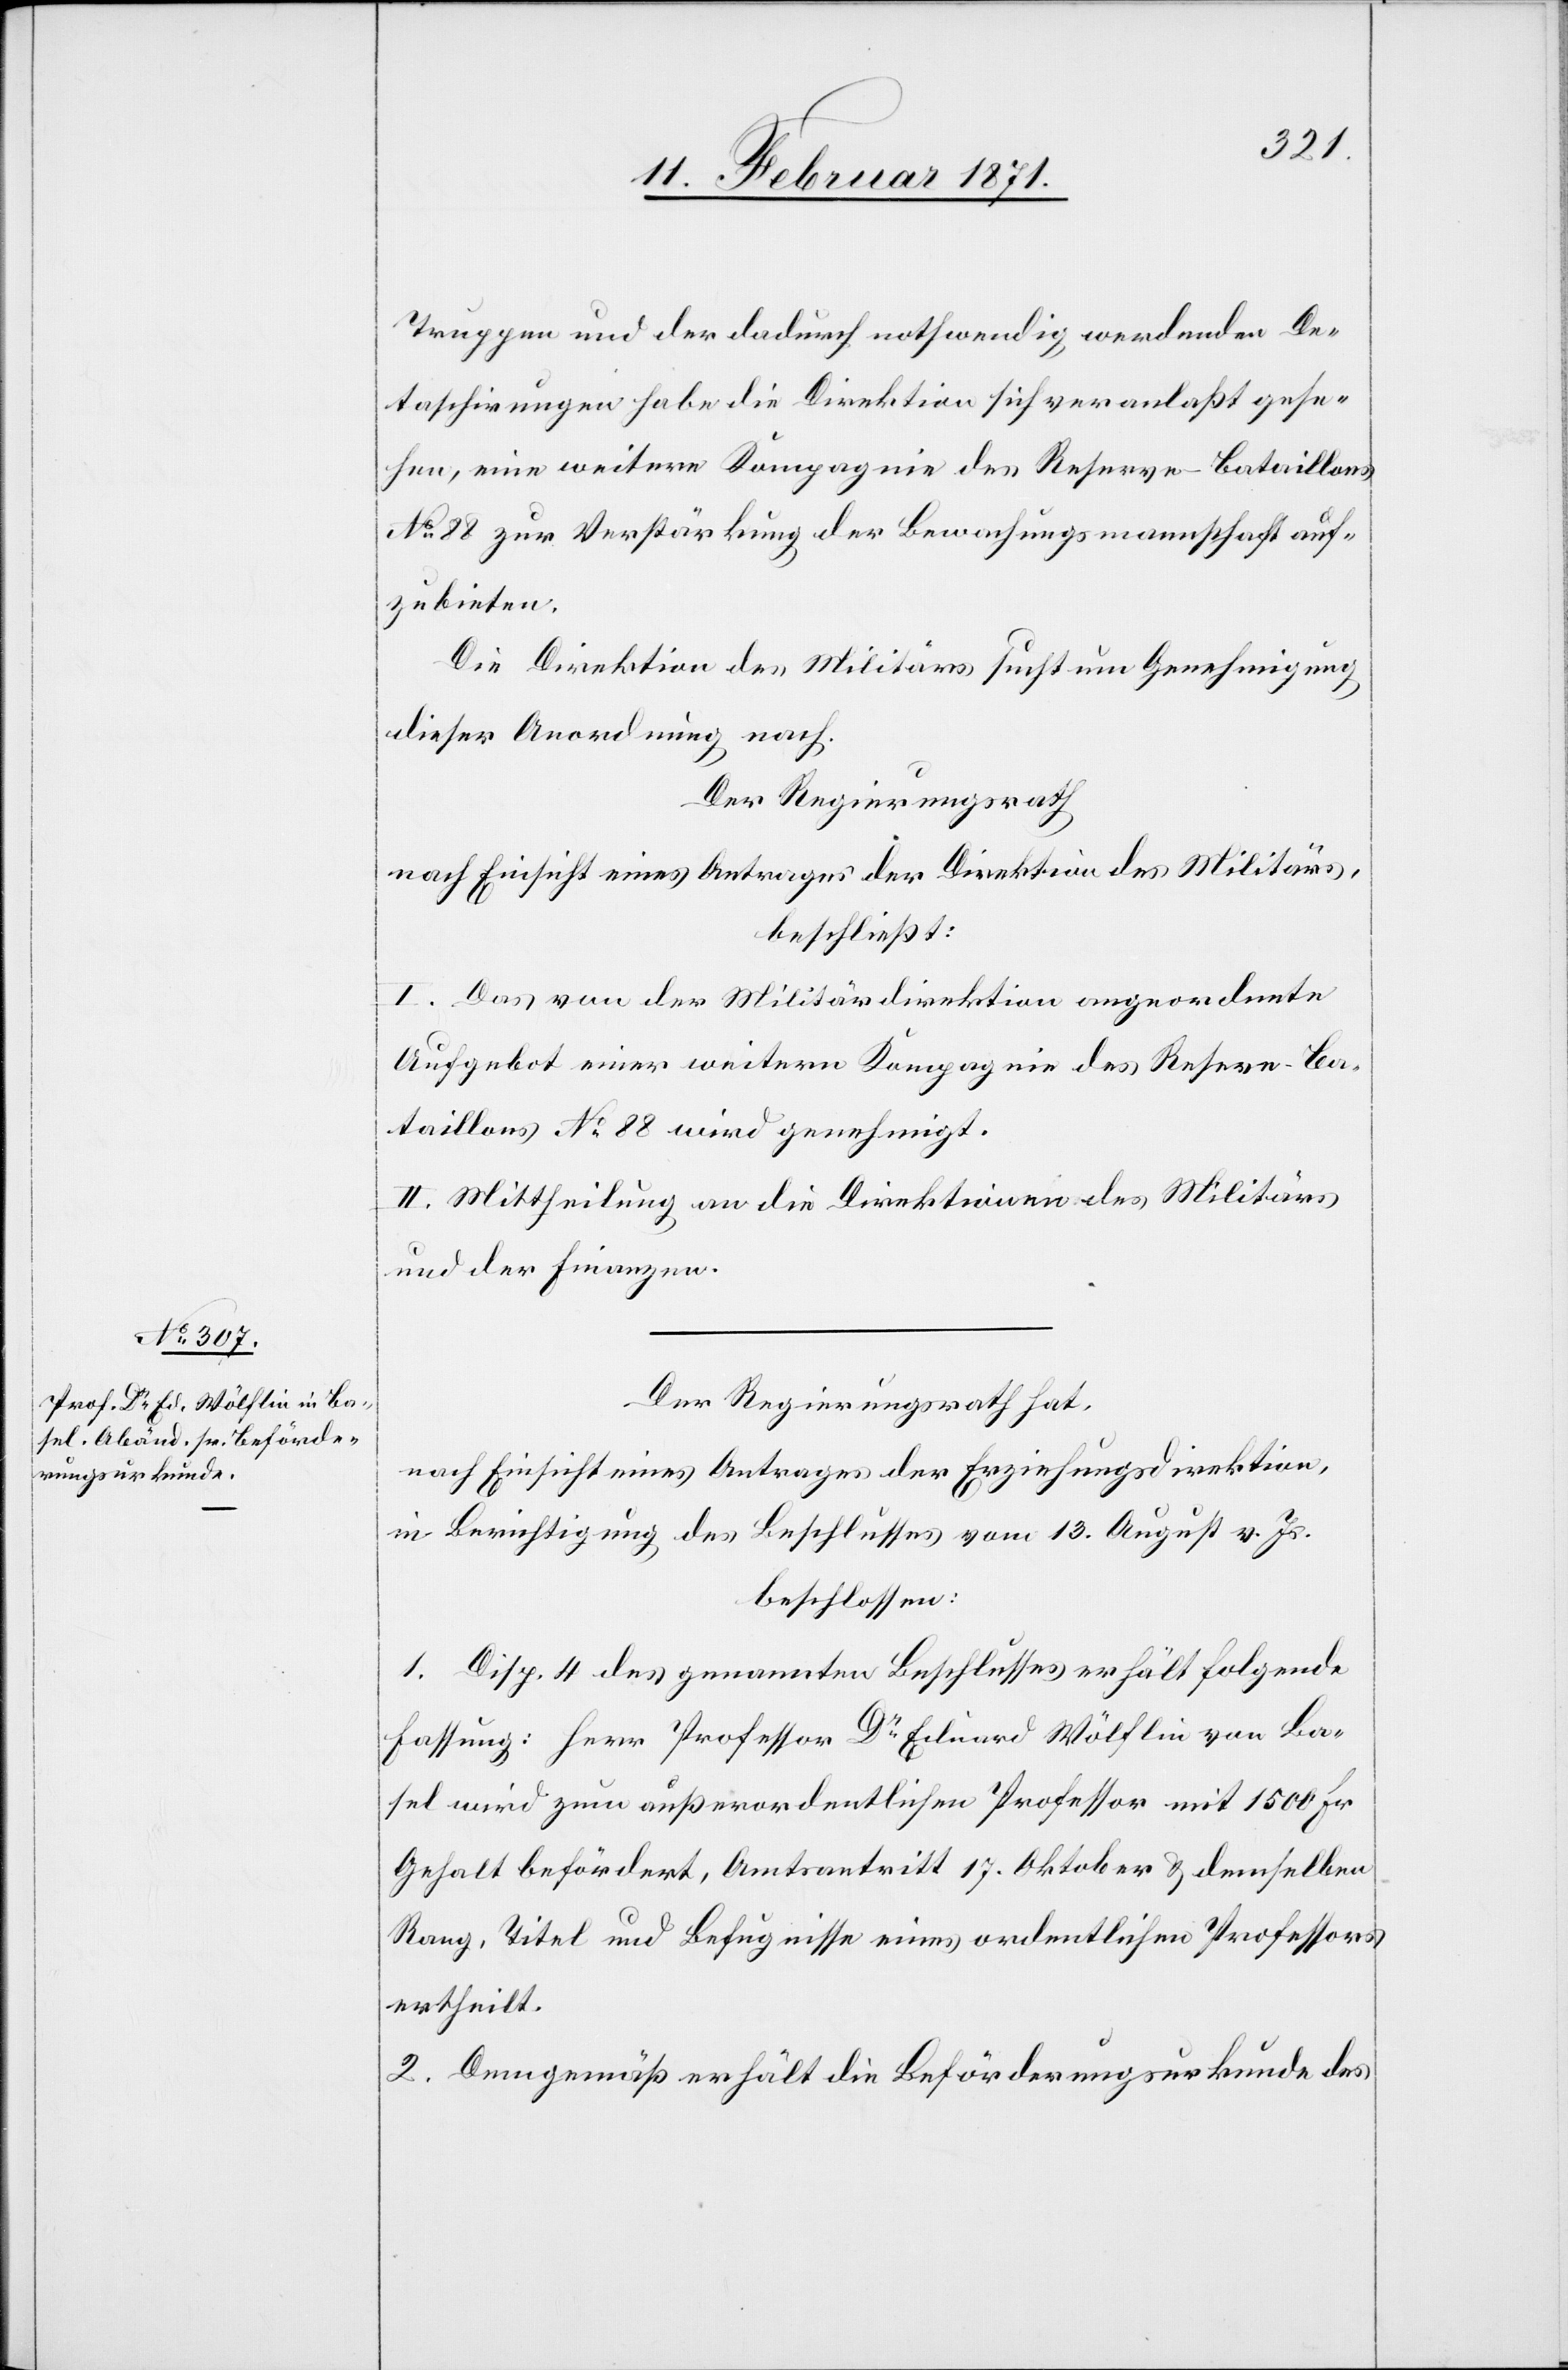
Truppen und der dadurch nothwendig werdenden De¬
taschirungen habe die Direktion sich veranlaßt gese¬
hen, eine weitere Kompagnie des Reserve-Bataillons
No. 88 zur Verstärkung der Bewachungsmannschaft auf¬
zubieten.
Die Direktion des Militärs sucht um Genehmigung
dieser Anordnung nach.
Der Regierungsrath
nach Einsicht eines Antrages der Direktion des Militärs,
beschließt:
I. Das von der Militärdirektion angeordnete
Aufgebot einer weitern Kompagnie des Reserve-Ba¬
taillons No. 88 wird genehmigt.
II. Mittheilung an die Direktion des Militärs
und der Finanzen.
Der Regierungsrath hat,
nach Einsicht eines Antrages der Erziehungsdirektion,
in Berichtigung des Beschlusses vom 13. August v. Js.
beschlossen:
1. Disp. 4 des genannten Beschlusses erhält folgende
Fassung: Herr Professor Dr. Eduard Wölflin von Ba¬
sel wird zum außerordentlichen Professor mit 1500 Fr
Gehalt befördert, Amtsantritt 17. Oktober u. demselben
Rang, Titel und Befugnisse eines ordentlichen Professors
ertheilt.
2. Demgemäß erhält die Beförderungsurkunde des